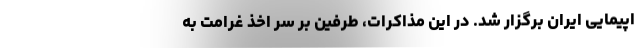
اپیمایی ایران برگزار شد. در این مذاکرات، طرفین بر سر اخذ غرامت به